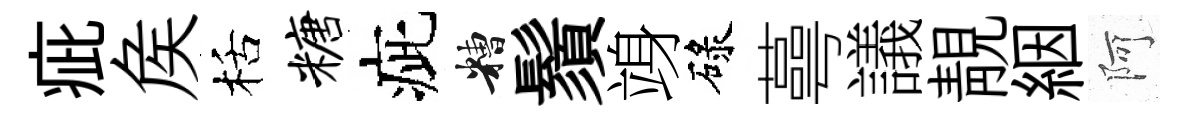
疵矦栝糖疵糟鬚竧碌蕚議靚絪阿